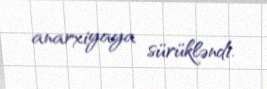
anarxiyaya sürükləndi.